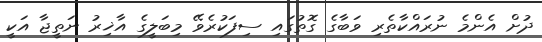
ދުށް އެންމެ ނުރައްކާތެރި ވަބާގެ ގޮތުގައި ސިފަކުރެވޭ މިބަލީގެ އާޚިރު ނަތީޖާ އަކީ